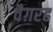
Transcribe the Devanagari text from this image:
वैग़रह